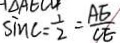
\sin C = \frac { 1 } { 2 } = \frac { A E } { C E }